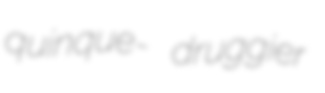
quinque- druggier